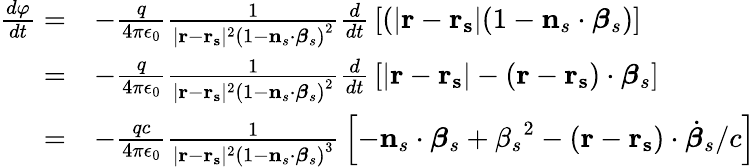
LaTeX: {\begin{array}{rl}{{\frac{d\varphi}{dt}}=}&{-{\frac{q}{4\pi\epsilon_{0}}}{\frac{1}{|\mathbf{r}-\mathbf{r_{s}}|^{2}\left(1-\mathbf{n}_{s}\cdot{\boldsymbol{\beta}}_{s}\right)^{2}}}{\frac{d}{dt}}\left[(|\mathbf{r}-\mathbf{r_{s}}|(1-\mathbf{n}_{s}\cdot{\boldsymbol{\beta}}_{s})\right]}\\ {=}&{-{\frac{q}{4\pi\epsilon_{0}}}{\frac{1}{|\mathbf{r}-\mathbf{r_{s}}|^{2}\left(1-\mathbf{n}_{s}\cdot{\boldsymbol{\beta}}_{s}\right)^{2}}}{\frac{d}{dt}}\left[|\mathbf{r}-\mathbf{r_{s}}|-(\mathbf{r}-\mathbf{r_{s}})\cdot{\boldsymbol{\beta}}_{s}\right]}\\ {=}&{-{\frac{qc}{4\pi\epsilon_{0}}}{\frac{1}{|\mathbf{r}-\mathbf{r_{s}}|^{2}\left(1-\mathbf{n}_{s}\cdot{\boldsymbol{\beta}}_{s}\right)^{3}}}\left[-\mathbf{n}_{s}\cdot{\boldsymbol{\beta}}_{s}+{\beta_{s}}^{2}-(\mathbf{r}-\mathbf{r_{s}})\cdot{\dot{\boldsymbol{\beta}}}_{s}/c\right]}\end{array}}